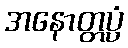
အနောတ္တပ္ပံ